Report on vaccination North-West Frontier Province 1904-1922 - 1904-1922
Year: 1904
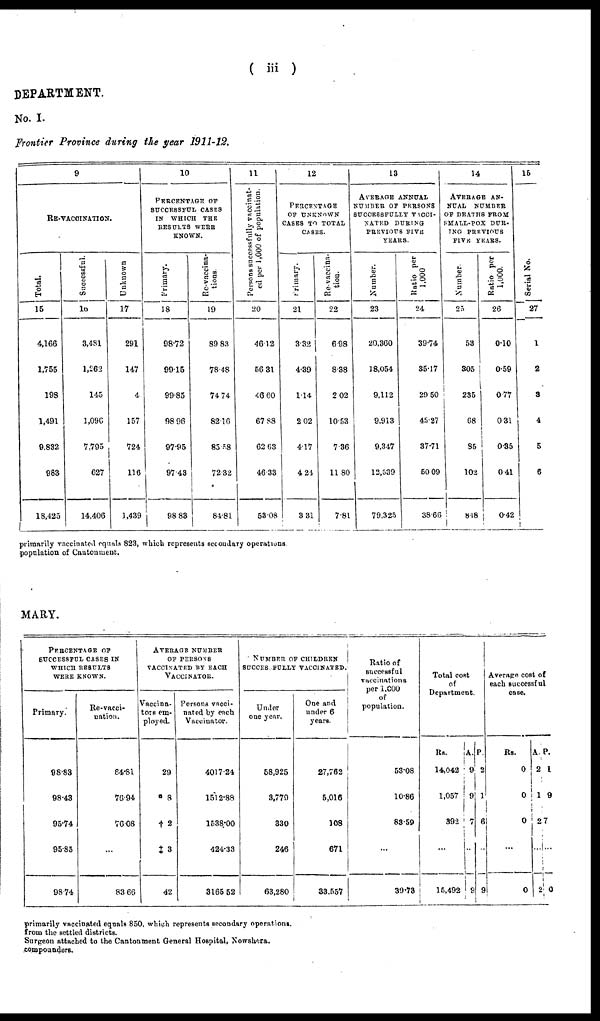
( iii )
DEPARTMENT.
No. I.
Frontier Province during the year 1911-12.
9
RE-VACCINATION.
Total.
15
4,166
1,755
198
1,491
9,832
983
18,425
Successful.
16
3,481
1,262
145
1,096
7,795
627
14,406
Unknown
17
291
147
4
157
724
116
1,439
10
PERCENTAGE OF
SUCCESSFUL CASES
IN WHICH THE
RESULTS WERE
KNOWN.
Primary.
18
98.72
99.15
99.85
98.96
97.95
97.43
98.83
Re-vaccina-
tions
19
89.83
78.48
74.74
82.16
85.58
72.32
84.81
11
Persons successfully vaccinat-
ed per 1,000 of population.
20
46.12
56.31
46.60
67.88
62.63
46.33
53.08
12
PERCENTAGE
OF UNKNOWN
CASES TO TOTAL
CASES.
Primary.
21
3.32
4.39
1.14
2.02
4.17
4.24
3.31
Re-vaccina-
tion.
22
6.98
8.38
2.02
10.53
7.36
11.80
7.81
13
AVERAGE ANNUAL
NUMBER OF PERSONS
SUCCESSFULLY VACCI-
NATED DURING
PREVIOUS FIVE
YEARS.
Number.
23
20,360
18,054
9,112
9,913
9,347
12,539
79,325
Ratio per
1,000
24
39.74
35.17
29.50
45.27
37.71
50.09
38.66
14
AVERAGE AN-
NUAL
NUMBER
OF DEATHS FROM
SMALL-POX DUR-
ING PREVIOUS
FIVE YEARS.
Number
25
53
305
235
68
35
102
8.18
Ratio per
1,000.
26
0.10
0.59
0.77
0.31
0.35
0.41
0.42
15
Serial No.
27
1
2
3
4
5
6
primarily vaccinated equals 823, which represents secondary operations
population of Cantonment.
MARY.
PERCENTAGE OF
SUCCESSFUL CASES IN
WHICH RESULTS
WERE KNOWN.
Primary.
98.83
98.43
95.74
95.85
98.74
Re-vacci-
nation.
84.81
76.94
76.08
...
83.66
AVERAGE NUMBER
OF PERSONS
VACCINATED BY EACH
VACCINATOR.
Vaccina-
tors em-
ployed.
29
8
†2
‡3
42
Persons vacci-
nated by each
Vaccinator.
4017.24
1512.88
1538.00
424.33
3165.52
NUMBER OF CHILDREN
SUCCES FULLY VACCINATED.
Under
one year.
58,925
3,779
330
246
63,280
One and
under 6
years.
27,762
5,016
108
671
33,557
Ratio of
successful
vaccinations
per 1,000
of
population.
53.08
10.86
83.59
...
39.73
Total cost
of
Department.
Rs.
14,042
1,057
392
...
15,492
A.
9
9
7
..
9
P.
2
1
6
..
9
Average cost of
each successful
case.
Rs.
0
0
0
...
0
A.
2
1
2
...
2
P.
1
9
7
...
0
primarily vaccinated equals 850, which represents secondary operations.
from the settled districts.
Surgeon attached to the Cantonment General Hospital, Nowshera.
compounders.